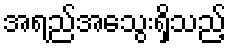
အရည်အသွေးရှိသည့်